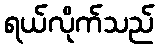
ရယ်လိုက်သည်